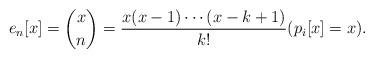
LaTeX: \begin{align*}e_n[x] = \binom{x}{n} = \frac{x(x-1)\cdots (x-k+1)}{k!}(p_i[x]=x).\end{align*}